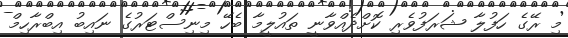
މި ރޭގެ ހަފުލާ ޝަރަފުވެރި ކޮށްދެއްވާނީ ތައުލީމާ ބެހޭ މިނިސްޓަރުގެ ނައިބު އިބްރާހިމް